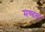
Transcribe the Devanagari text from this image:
मण्दल